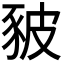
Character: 𧰸